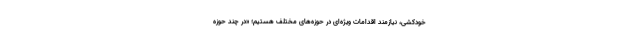
خودکشی، نیازمند اقدامات ویژه‌ای در حوزه‌های مختلف هستیم؛ «در چند حوزه